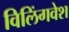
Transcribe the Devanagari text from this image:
विलिंगवेश